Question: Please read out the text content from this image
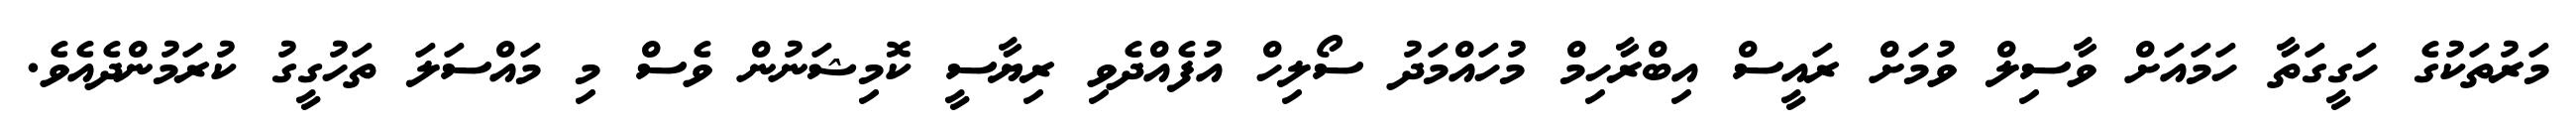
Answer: މަރުތަކުގެ ހަގީގަތާ ހަމައަށް ވާސިލް ވުމަށް ރައީސް އިބްރާހިމް މުހައްމަދު ސޯލިހް އުފެއްދެވި ރިޔާސީ ކޮމިޝަނުން ވެސް މި މައްސަލަ ތަހުގީގު ކުރަމުންދެއެވެ.